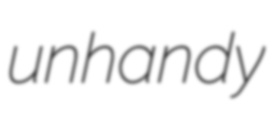
unhandy